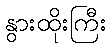
နွားထိုးကြီး